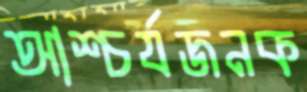
আশ্চর্যজনক